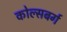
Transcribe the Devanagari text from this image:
कोल्सबर्ग